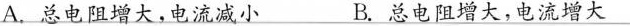
A.总电阻增大，电流减小 B.总电阻增大，电流增大